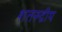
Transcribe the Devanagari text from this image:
शतरुद्रीय